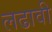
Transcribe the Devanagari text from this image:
लढावी